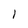
Character: I